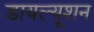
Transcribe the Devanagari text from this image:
डायल्यूशन